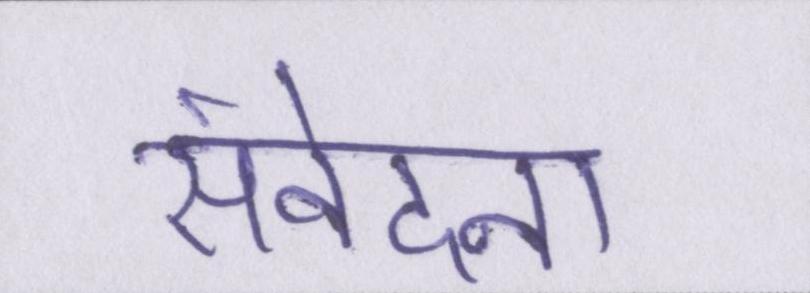
संवेदना